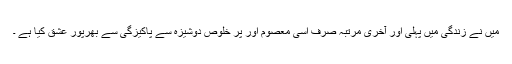
میں نے زندگی میں پہلی اور آخری مرتبہ صرف اسی معصوم اور پر خلوص دوشیزہ سے پاکیزگی سے بھرپور عشق کیا ہے ۔